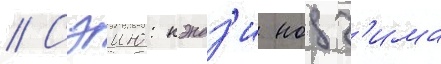
// Сэию: кэндз'и нодз'има